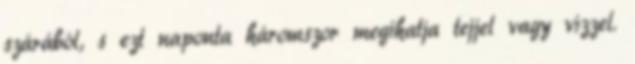
szárából, s ezt naponta háromszor megihatja tejjel vagy vízzel.